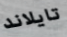
تايلاند